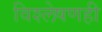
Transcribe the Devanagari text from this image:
विश्‍लेषणही